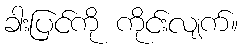
ခါးပြင်ကို ကိုင်းလျက်။